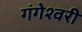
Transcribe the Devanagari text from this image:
गंगेश्वरी